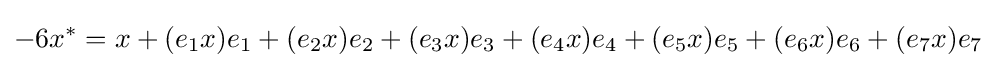
-6x^{*}=x+(e_{1}x)e_{1}+(e_{2}x)e_{2}+(e_{3}x)e_{3}+(e_{4}x)e_{4}+(e_{5}x)e_{5}+(e_{6}x)e_{6}+(e_{7}x)e_{7}~